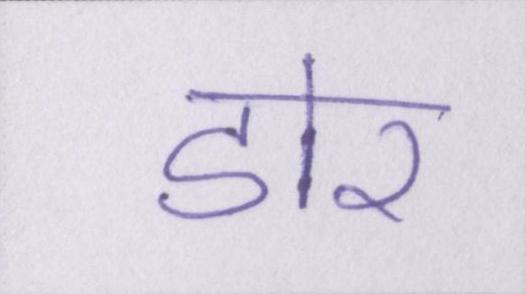
डोर